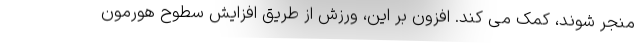
منجر شوند، کمک می کند. افزون بر این، ورزش از طریق افزایش سطوح هورمون